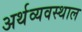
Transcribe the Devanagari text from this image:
अर्थव्यवस्थाल